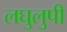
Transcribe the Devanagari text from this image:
लघुलुपी